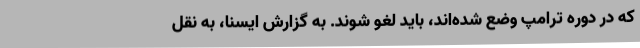
که در دوره ترامپ وضع شده‌اند، باید لغو شوند. به گزارش ایسنا، به نقل